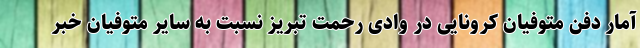
آمار دفن متوفیان کرونایی در وادی رحمت تبریز نسبت به سایر متوفیان خبر